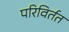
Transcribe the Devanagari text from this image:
परिविर्तत